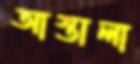
আস্তালা